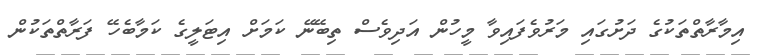
އިމާރާތްތަކުގެ ދަށުގައި މަރުވެފައިވާ މީހުން އަދިވެސް ތިބޭނޭ ކަމަށް އިޓަލީގެ ކަމާބެހޭ ފަރާތްތަކުން